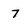
Character: 7